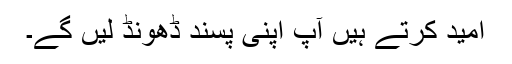
امید کرتے ہیں آپ اپنی پسند ڈھونڈ لیں گے۔